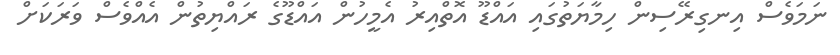
ނަމަވެސް އިނގިރޭސިން ހިމާޔަތުގައި އައްޑޫ އޮތްއިރު އެމީހުން އައްޑޫގެ ރައްޔިތުން އެއްވެސް ވަރަކަށް